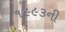
૧૯૯૩ની